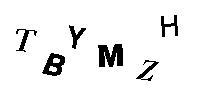
TBYMZH